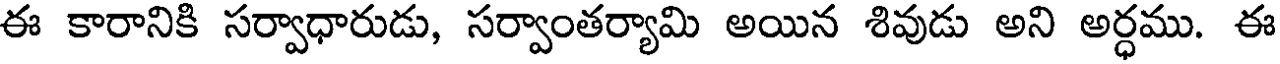
ఈ కారానికి సర్వాధారుడు, సర్వాంతర్యామి అయిన శివుడు అని అర్ధము. ఈ